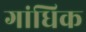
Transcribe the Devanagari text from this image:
गांधिक